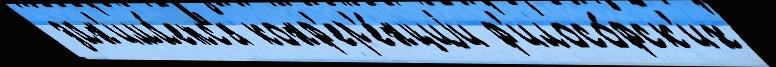
 зан'има́етс'я конф'ер'е́нциjи ф'илосо́фск'их